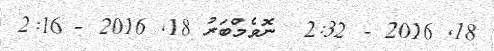
18